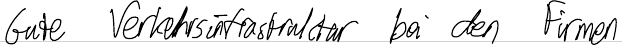
Gute Verkehrsinfrastruktur bei den Firmen